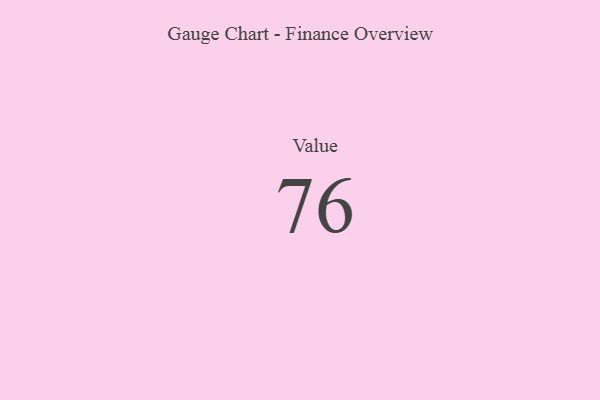
{"axis": {"x": "Metric", "y": "Value"}, "legend": [""], "data": [{"x": "Value", "y": 76, "type": ""}]}